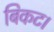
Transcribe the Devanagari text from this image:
बिकट।